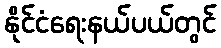
နိုင်ငံရေးနယ်ပယ်တွင်